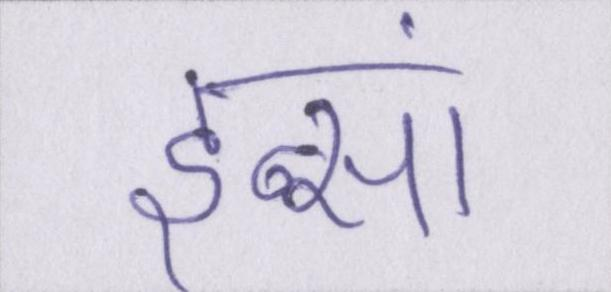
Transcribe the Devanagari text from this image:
इन्सां